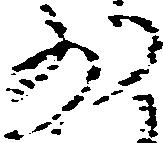
少